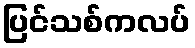
ပြင်သစ်ကလပ်